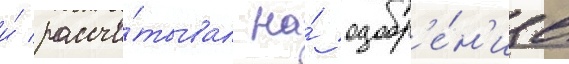
и́ рассчи́тывал на́ одобр'е́н'ие